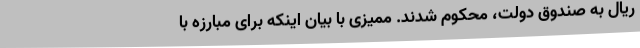
ریال به صندوق دولت، محکوم شدند. ممیزی با بیان اینکه برای مبارزه با